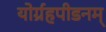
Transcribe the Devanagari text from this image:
योर्ग्रहपीडनम्